Lunatic asylums in Bengal annual reports 1888-1898 - 1888-1898
Year: 1888
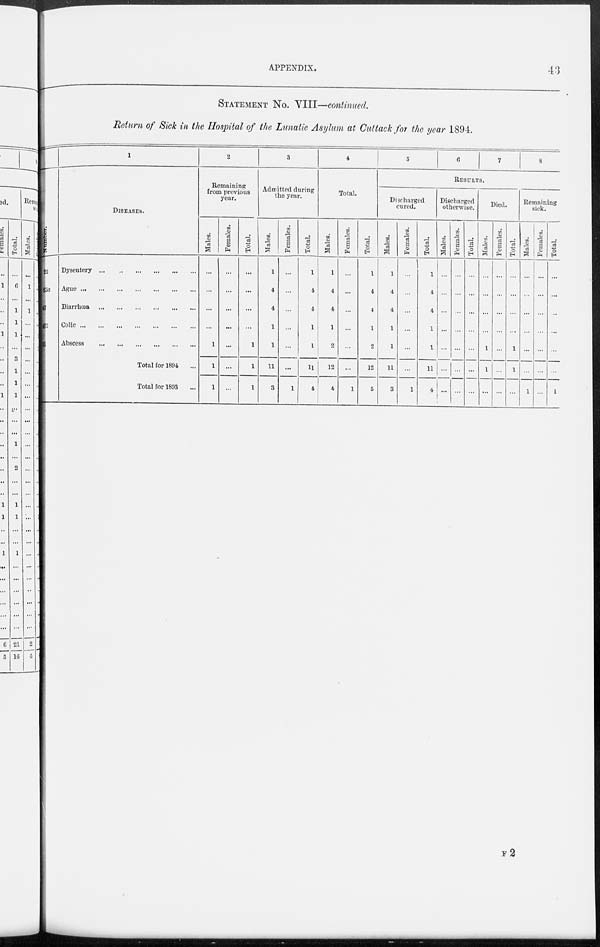
APPENDIX.
43
STATEMENT No. VIII—continued.
Return of Sick in the Hospital of the Lunatic Asylum at Cuttack for the year 1894.
22
23a
47
475
81
1
DISEASES.
Dysentery
...
...
...
...
...
...
Ague
...
...
...
...
...
...
...
Diarrhœa
...
...
...
...
...
...
Colic
...
...
...
...
...
...
...
Abscess
...
...
...
...
...
...
Total for 1894 ...
Total for 1893 ...
2
Remaining
from previous
year.
Males.
...
...
...
...
1
1
1
Females.
...
...
...
...
...
...
...
Total.
...
...
...
...
1
1
1
3
Admitted during
the year.
Males.
1
4
4
1
1
11
3
Females.
...
...
...
...
...
...
1
Total.
1
4
4
1
1
11
4
4
Total.
Males.
1
4
4
1
2
12
4
Females.
...
...
...
...
...
...
1
Total.
1
4
4
1
2
12
5
5
6
7
8
RESULTS.
Discharged
cured.
Males.
1
4
4
1
1
11
3
Females.
...
...
...
...
...
1
Total.
1
4
4
1
1
11
4
Discharged
otherwise.
Males.
...
...
...
...
...
...
...
Females.
...
...
...
...
...
...
...
Total.
...
...
...
...
...
...
...
Died.
Males.
...
...
...
...
1
1
...
Females.
...
...
...
...
...
...
...
Total.
...
...
...
...
1
1
...
Remaining
sick.
Males.
...
...
...
...
...
...
1
Females.
...
...
...
...
...
...
...
Total.
...
...
...
...
...
...
1
F2